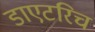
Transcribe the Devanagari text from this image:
डाएटरिच